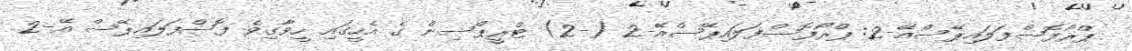
ޕްރޯފޮސްފަލައިޕޭސްއޭ-2: ޕްރޯފޮސްފަލައިޕޭސްއޭ-2 (-2) ޓްރީޕްސިން ގެ އެހީގައި ހީވާގިވެ ފޮސްފަލައިޕޭސް އޭ-2